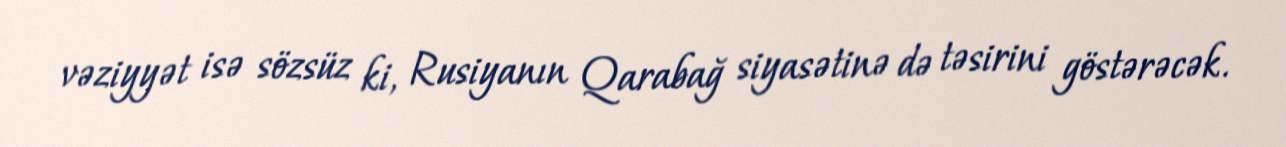
vəziyyət isə sözsüz ki, Rusiyanın Qarabağ siyasətinə də təsirini göstərəcək.